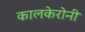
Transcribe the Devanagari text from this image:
कालकेरोनी